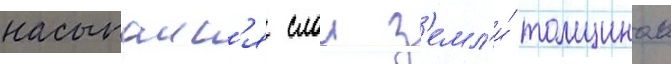
насыпалс'я слои з'емл'и́ толщинои